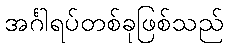
အင်္ဂါရပ်တစ်ခုဖြစ်သည်